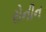
રોનીન